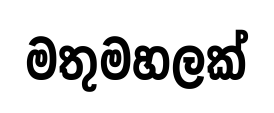
මතුමහලක්